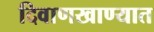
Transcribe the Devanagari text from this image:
दिवाणखाण्यात